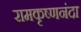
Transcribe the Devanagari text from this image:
रामकृष्णनंदा